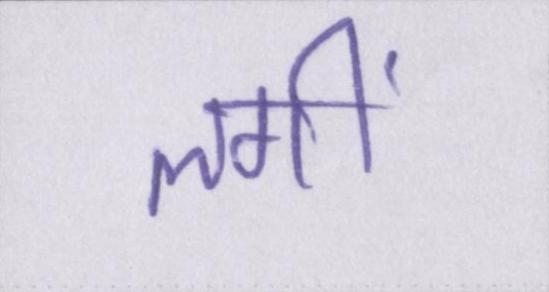
लगीं